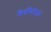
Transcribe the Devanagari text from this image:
चित्रफितीद्वारे